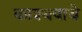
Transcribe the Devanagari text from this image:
काश्यपाचे